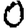
Digit: 0